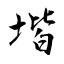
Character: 堦